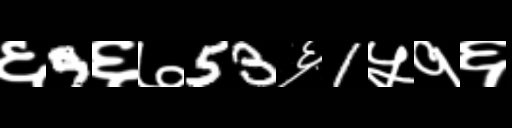
Text: ६9६७53६1५१६